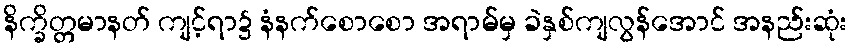
နိက္ခိတ္တမာနတ် ကျင့်ရာ၌ နံနက်စောစော အရာမ်မှ ခဲနှစ်ကျလွန်အောင် အနည်းဆုံး